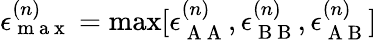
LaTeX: \epsilon_{\mathrm{~m~a~x~}}^{(n)}=\operatorname*{max}[\epsilon_{\mathrm{~A~A~}}^{(n)},\epsilon_{\mathrm{~B~B~}}^{(n)},\epsilon_{\mathrm{~A~B~}}^{(n)}]